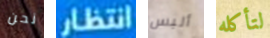
نحن انتظار ألبس لتأكله